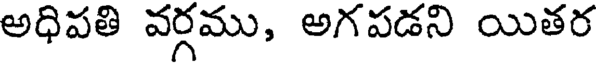
అధిపతి వర్గము, అగపడని యితర